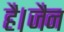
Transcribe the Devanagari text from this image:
है।जैन